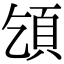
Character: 𩑔